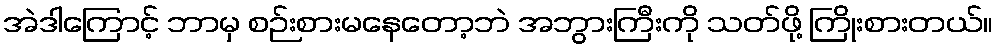
အဲဒါကြောင့် ဘာမှ စဉ်းစားမနေတော့ဘဲ အဘွားကြီးကို သတ်ဖို့ ကြိုးစားတယ်။